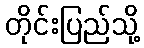
တိုင်းပြည်သို့